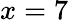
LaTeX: x=7